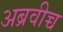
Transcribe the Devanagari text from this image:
अब्रवीच्च